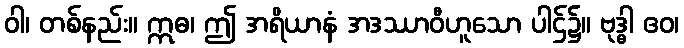
ဝါ၊ တစ်နည်း။ ဣဓ၊ ဤ အရိယာနံ အဒဿာဝီဟူသော ပါဌ်၌။ ဗုဒ္ဓါ ဧဝ၊